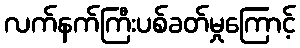
လက်နက်ကြီးပစ်ခတ်မှုကြောင့်